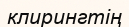
клирингтің